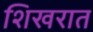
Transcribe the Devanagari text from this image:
शिखरात